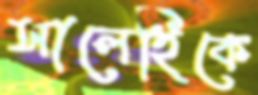
সালেহিকে